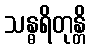
သန္ဓရိတုန္တိ